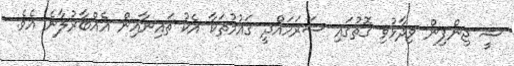
ޝީ ޖިންޕިން ވިދާޅުވި ގޮތުގައި ސަރަހައްދީ ގައުމުތަކާ އެކު ޗައިނާއިން އެއްބާރުލާނެ އެވެ.